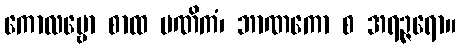
ကောလမ္ဗော စာထ မဏိကံ၊ ဘာဏကော စ အရဉ္ဇရော။